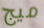
ميج